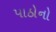
પાઠોનો